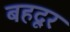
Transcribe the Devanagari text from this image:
बहदूर